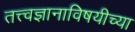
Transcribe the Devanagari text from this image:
तत्त्वज्ञानाविषयीच्या